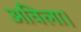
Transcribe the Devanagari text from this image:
अविला।